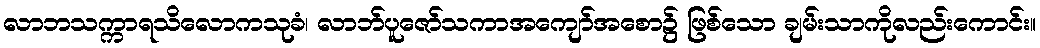
လာဘသက္ကာရသိလောကသုခံ၊ လာဘ်ပူဇော်သကာအကျော်အစော၌ ဖြစ်သော ချမ်းသာကိုလည်းကောင်း။